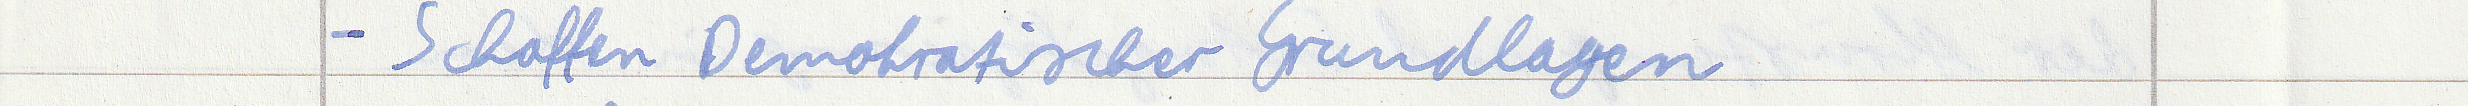
- Schaffen Demokratischer Grundlagen